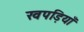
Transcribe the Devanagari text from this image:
खपड़ियाँ